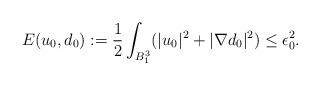
LaTeX: \begin{align*}E(u_0,d_0):=\frac12\int_{B_1^3}(|u_0|^2+|\nabla d_0|^2)\le\epsilon_0^2.\end{align*}